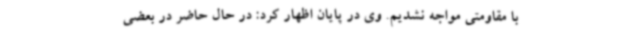
با مقاومتی مواجه نشدیم. وی در پایان اظهار کرد: در حال حاضر در بعضی